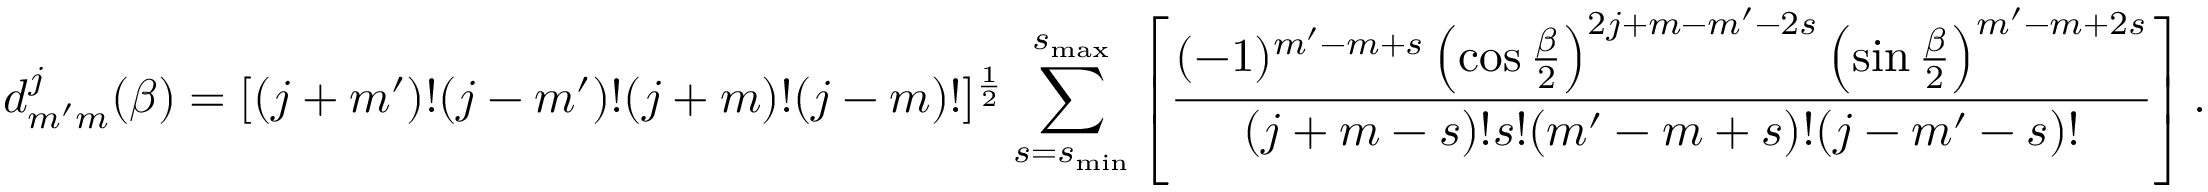
d _ { m ^ { \prime } m } ^ { j } ( \beta ) = [ ( j + m ^ { \prime } ) ! ( j - m ^ { \prime } ) ! ( j + m ) ! ( j - m ) ! ] ^ { \frac { 1 } { 2 } } \sum _ { s = s _ { \mathrm { m i n } } } ^ { s _ { \mathrm { m a x } } } \left[ { \frac { ( - 1 ) ^ { m ^ { \prime } - m + s } \left( \cos { \frac { \beta } { 2 } } \right) ^ { 2 j + m - m ^ { \prime } - 2 s } \left( \sin { \frac { \beta } { 2 } } \right) ^ { m ^ { \prime } - m + 2 s } } { ( j + m - s ) ! s ! ( m ^ { \prime } - m + s ) ! ( j - m ^ { \prime } - s ) ! } } \right] .